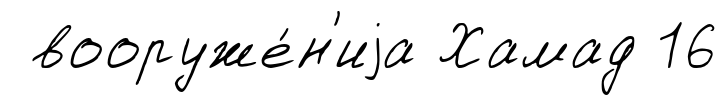
вооруже́н'иjа Хамад 16